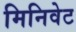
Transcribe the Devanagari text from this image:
मिनिवेट